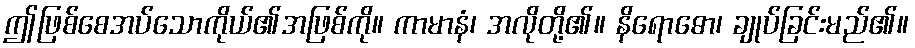
ဤဖြစ်စေအပ်သောကိုယ်၏အဖြစ်ကို။ ကာမာနံ၊ အလိုတို့၏။ နိရောဓော၊ ချုပ်ခြင်းမည်၏။